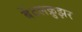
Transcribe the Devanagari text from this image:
बॅटलक्रुझर